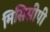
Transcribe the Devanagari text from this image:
मिसिसीपी